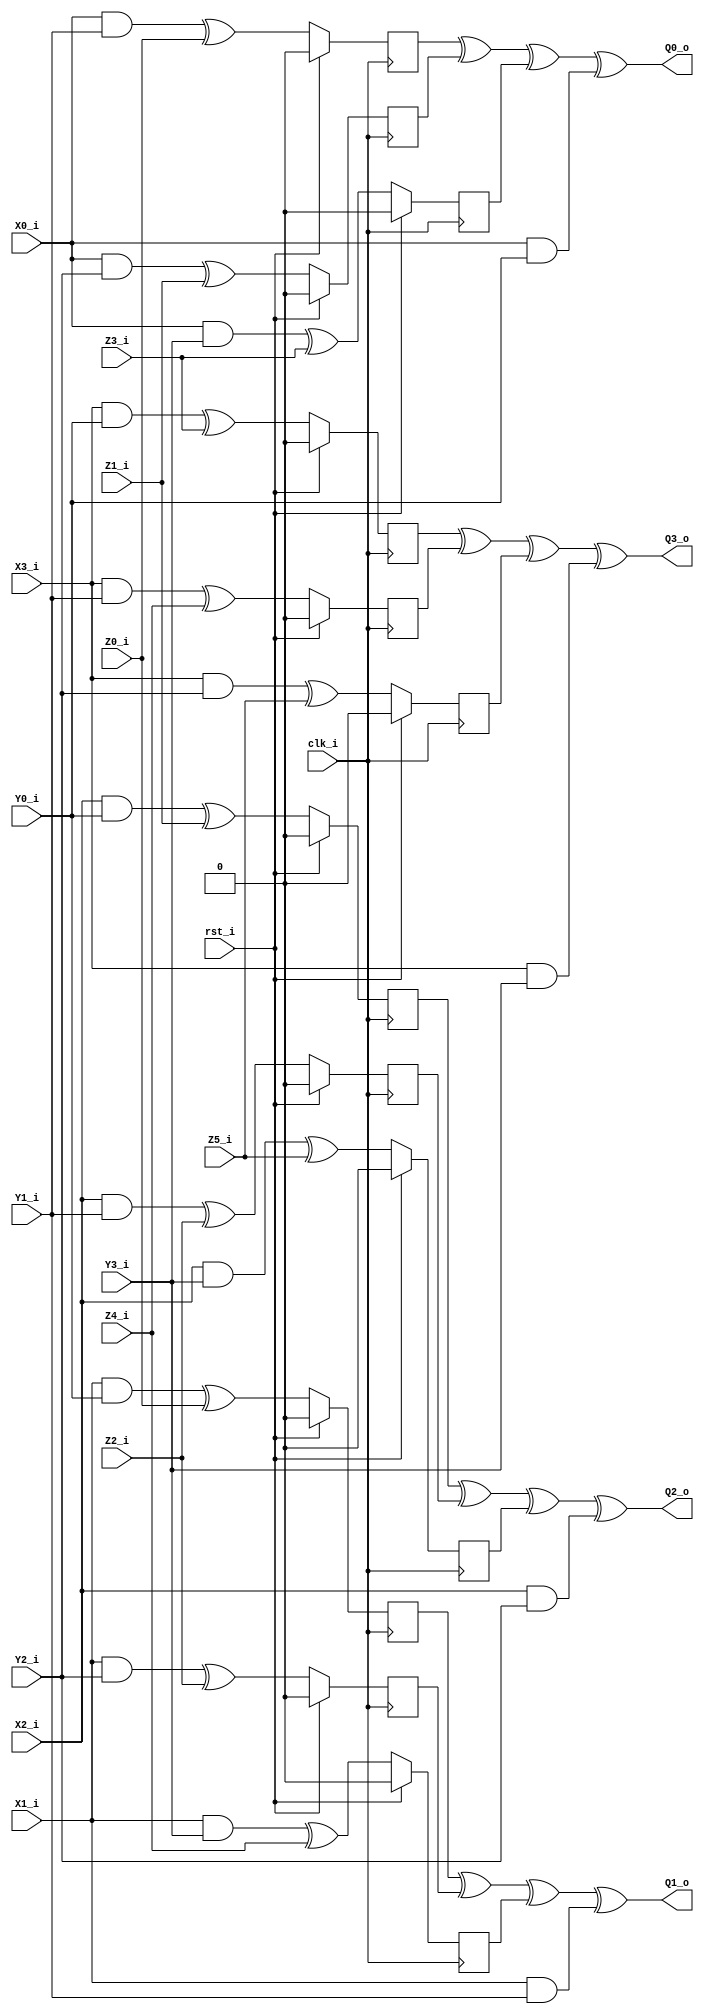
module dom_and_3rdorder (clk_i, rst_i, 
        X0_i, X1_i, X2_i, X3_i,
        Y0_i, Y1_i, Y2_i, Y3_i,
        Z0_i, Z1_i, Z2_i, Z3_i, Z4_i, Z5_i,
        Q0_o, Q1_o, Q2_o, Q3_o);

    input clk_i; 
    input rst_i;
    input  X0_i, X1_i, X2_i, X3_i;
    input Y0_i, Y1_i, Y2_i, Y3_i;
    input Z0_i, Z1_i, Z2_i, Z3_i, Z4_i, Z5_i;
    output  Q0_o, Q1_o, Q2_o, Q3_o; 

    //Same domain
    wire AX_AY;
    wire BX_BY;
    wire CX_CY;
    wire DX_DY;

    assign AX_AY = X0_i & Y0_i;
    assign BX_BY = X1_i & Y1_i;
    assign CX_CY = X2_i & Y2_i;
    assign DX_DY = X3_i & Y3_i;

    //Cross domain + resharing
    wire AX_BY;
    wire AX_CY;
    wire AX_DY;

    wire BX_AY;
    wire BX_CY;
    wire BX_DY;

    wire CX_AY;
    wire CX_BY;
    wire CX_DY;

    wire DX_AY;
    wire DX_BY;
    wire DX_CY;

    assign AX_BY = X0_i & Y1_i;
    assign AX_CY = X0_i & Y2_i;
    assign AX_DY = X0_i & Y3_i;
    
    assign BX_AY = X1_i & Y0_i;
    assign BX_CY = X1_i & Y2_i;
    assign BX_DY = X1_i & Y3_i;

    assign CX_AY = X2_i & Y0_i;
    assign CX_BY = X2_i & Y1_i;
    assign CX_DY = X2_i & Y3_i;

    assign DX_AY = X3_i & Y0_i;
    assign DX_BY = X3_i & Y1_i;
    assign DX_CY = X3_i & Y2_i;


    reg AX_BY_Z0_q;
    reg AX_CY_Z1_q;
    reg AX_DY_Z3_q;

    reg BX_AY_Z0_q;
    reg BX_CY_Z2_q;
    reg BX_DY_Z4_q;

    reg CX_AY_Z1_q;
    reg CX_BY_Z2_q;
    reg CX_DY_Z5_q;

    reg DX_AY_Z3_q;
    reg DX_BY_Z4_q;
    reg DX_CY_Z5_q;

    

    always @(posedge clk_i) begin
        if(rst_i) begin
            AX_BY_Z0_q <= 1'b0;
            AX_CY_Z1_q <= 1'b0;
            AX_DY_Z3_q <= 1'b0;

            BX_AY_Z0_q <= 1'b0;
            BX_CY_Z2_q <= 1'b0;
            BX_DY_Z4_q <= 1'b0;

            CX_AY_Z1_q <= 1'b0;
            CX_BY_Z2_q <= 1'b0;
            CX_DY_Z5_q <= 1'b0;

            DX_AY_Z3_q <= 1'b0;
            DX_BY_Z4_q <= 1'b0;
            DX_CY_Z5_q <= 1'b0;
        end else begin
            AX_BY_Z0_q <= AX_BY ^ Z0_i;
            AX_CY_Z1_q <= AX_CY ^ Z1_i;
            AX_DY_Z3_q <= AX_DY ^ Z3_i;

            BX_AY_Z0_q <= BX_AY ^ Z0_i;
            BX_CY_Z2_q <= BX_CY ^ Z2_i;
            BX_DY_Z4_q <= BX_DY ^ Z4_i;

            CX_AY_Z1_q <= CX_AY ^ Z1_i;
            CX_BY_Z2_q <= CX_BY ^ Z2_i;
            CX_DY_Z5_q <= CX_DY ^ Z5_i;

            DX_AY_Z3_q <= DX_AY ^ Z3_i;
            DX_BY_Z4_q <= DX_BY ^ Z4_i;
            DX_CY_Z5_q <= DX_CY ^ Z5_i;
        end
    end

    assign Q0_o = AX_BY_Z0_q ^ AX_CY_Z1_q ^ AX_DY_Z3_q ^ AX_AY;
    assign Q1_o = BX_AY_Z0_q ^ BX_CY_Z2_q ^ BX_DY_Z4_q ^ BX_BY;
    assign Q2_o = CX_AY_Z1_q ^ CX_BY_Z2_q ^ CX_DY_Z5_q ^ CX_CY;
    assign Q3_o = DX_AY_Z3_q ^ DX_BY_Z4_q ^ DX_CY_Z5_q ^ DX_DY;


endmodule